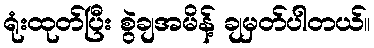
ရုံးထုတ်ပြီး စွဲချအမိန့် ချမှတ်ပါတယ်။